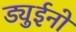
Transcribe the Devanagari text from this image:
ड्युईनो